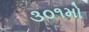
૩૦૧મો